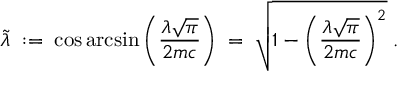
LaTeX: \tilde { \lambda } \; : = \; \cos \arcsin \left( \frac { \lambda \sqrt { \pi } } { 2 m c } \right) \; = \; \sqrt { 1 - \left( \frac { \lambda \sqrt { \pi } } { 2 m c } \right) ^ { 2 } } \; .